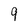
Character: 9